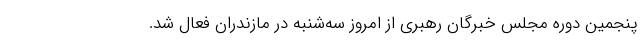
پنجمین دوره مجلس خبرگان رهبری از امروز سه‌شنبه در مازندران فعال شد.